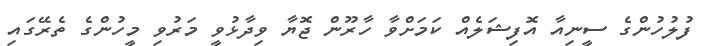
ފުލުހުންގެ ސީނިއާ އޮފިޝަލެއް ކަމަށްވާ ހާރޫން ޖޮޔާ ވިދާޅުވީ މަރުވި މީހުންގެ ތެރޭގައި